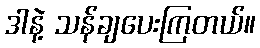
ဒါနဲ့ သန်ချပေးကြတယ်။